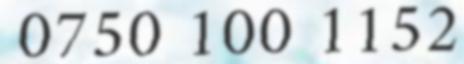
0750 100 1152